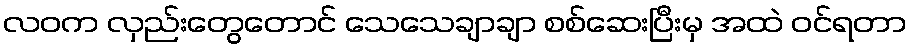
လဝက လှည်းတွေတောင် သေသေချာချာ စစ်ဆေးပြီးမှ အထဲ ဝင်ရတာ